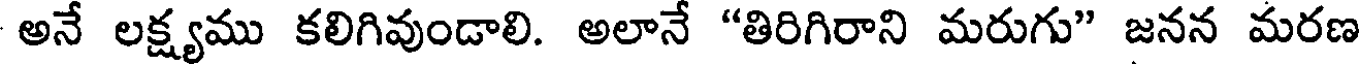
అనే లక్ష్యము కలిగివుండాలి. అలానే "తిరిగిరాని మరుగు" జనన మరణ